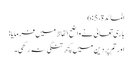
المائدة، 5: 6
باری تعالیٰ نے واضح الفاظ میں فرمایا:
اور تم پر دین میں کچھ تنگی نہ رکھی۔